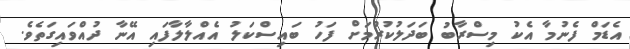
އެޑަމް ފެނުމާ އެކު މިސްރާބު ބަދަލުކުރުމަށް ފަހު ބައިސްކަލު އެއްލާލާފައި އޭނާ ދުއްވައިގަތެވެ.